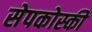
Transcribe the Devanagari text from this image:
सेपकोस्की